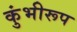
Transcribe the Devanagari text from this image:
कुंभीरूप